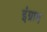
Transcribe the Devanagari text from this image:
इंग्राम